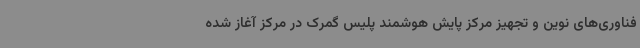
فناوری‌های نوین و تجهیز مرکز پایش هوشمند پلیس گمرک در مرکز آغاز شده